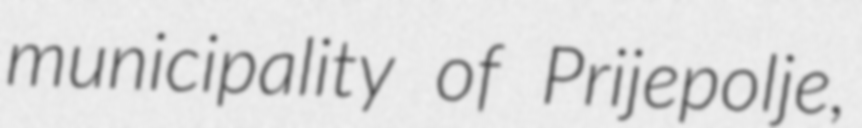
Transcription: municipality of Prijepolje,